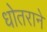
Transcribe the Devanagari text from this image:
धोतराने